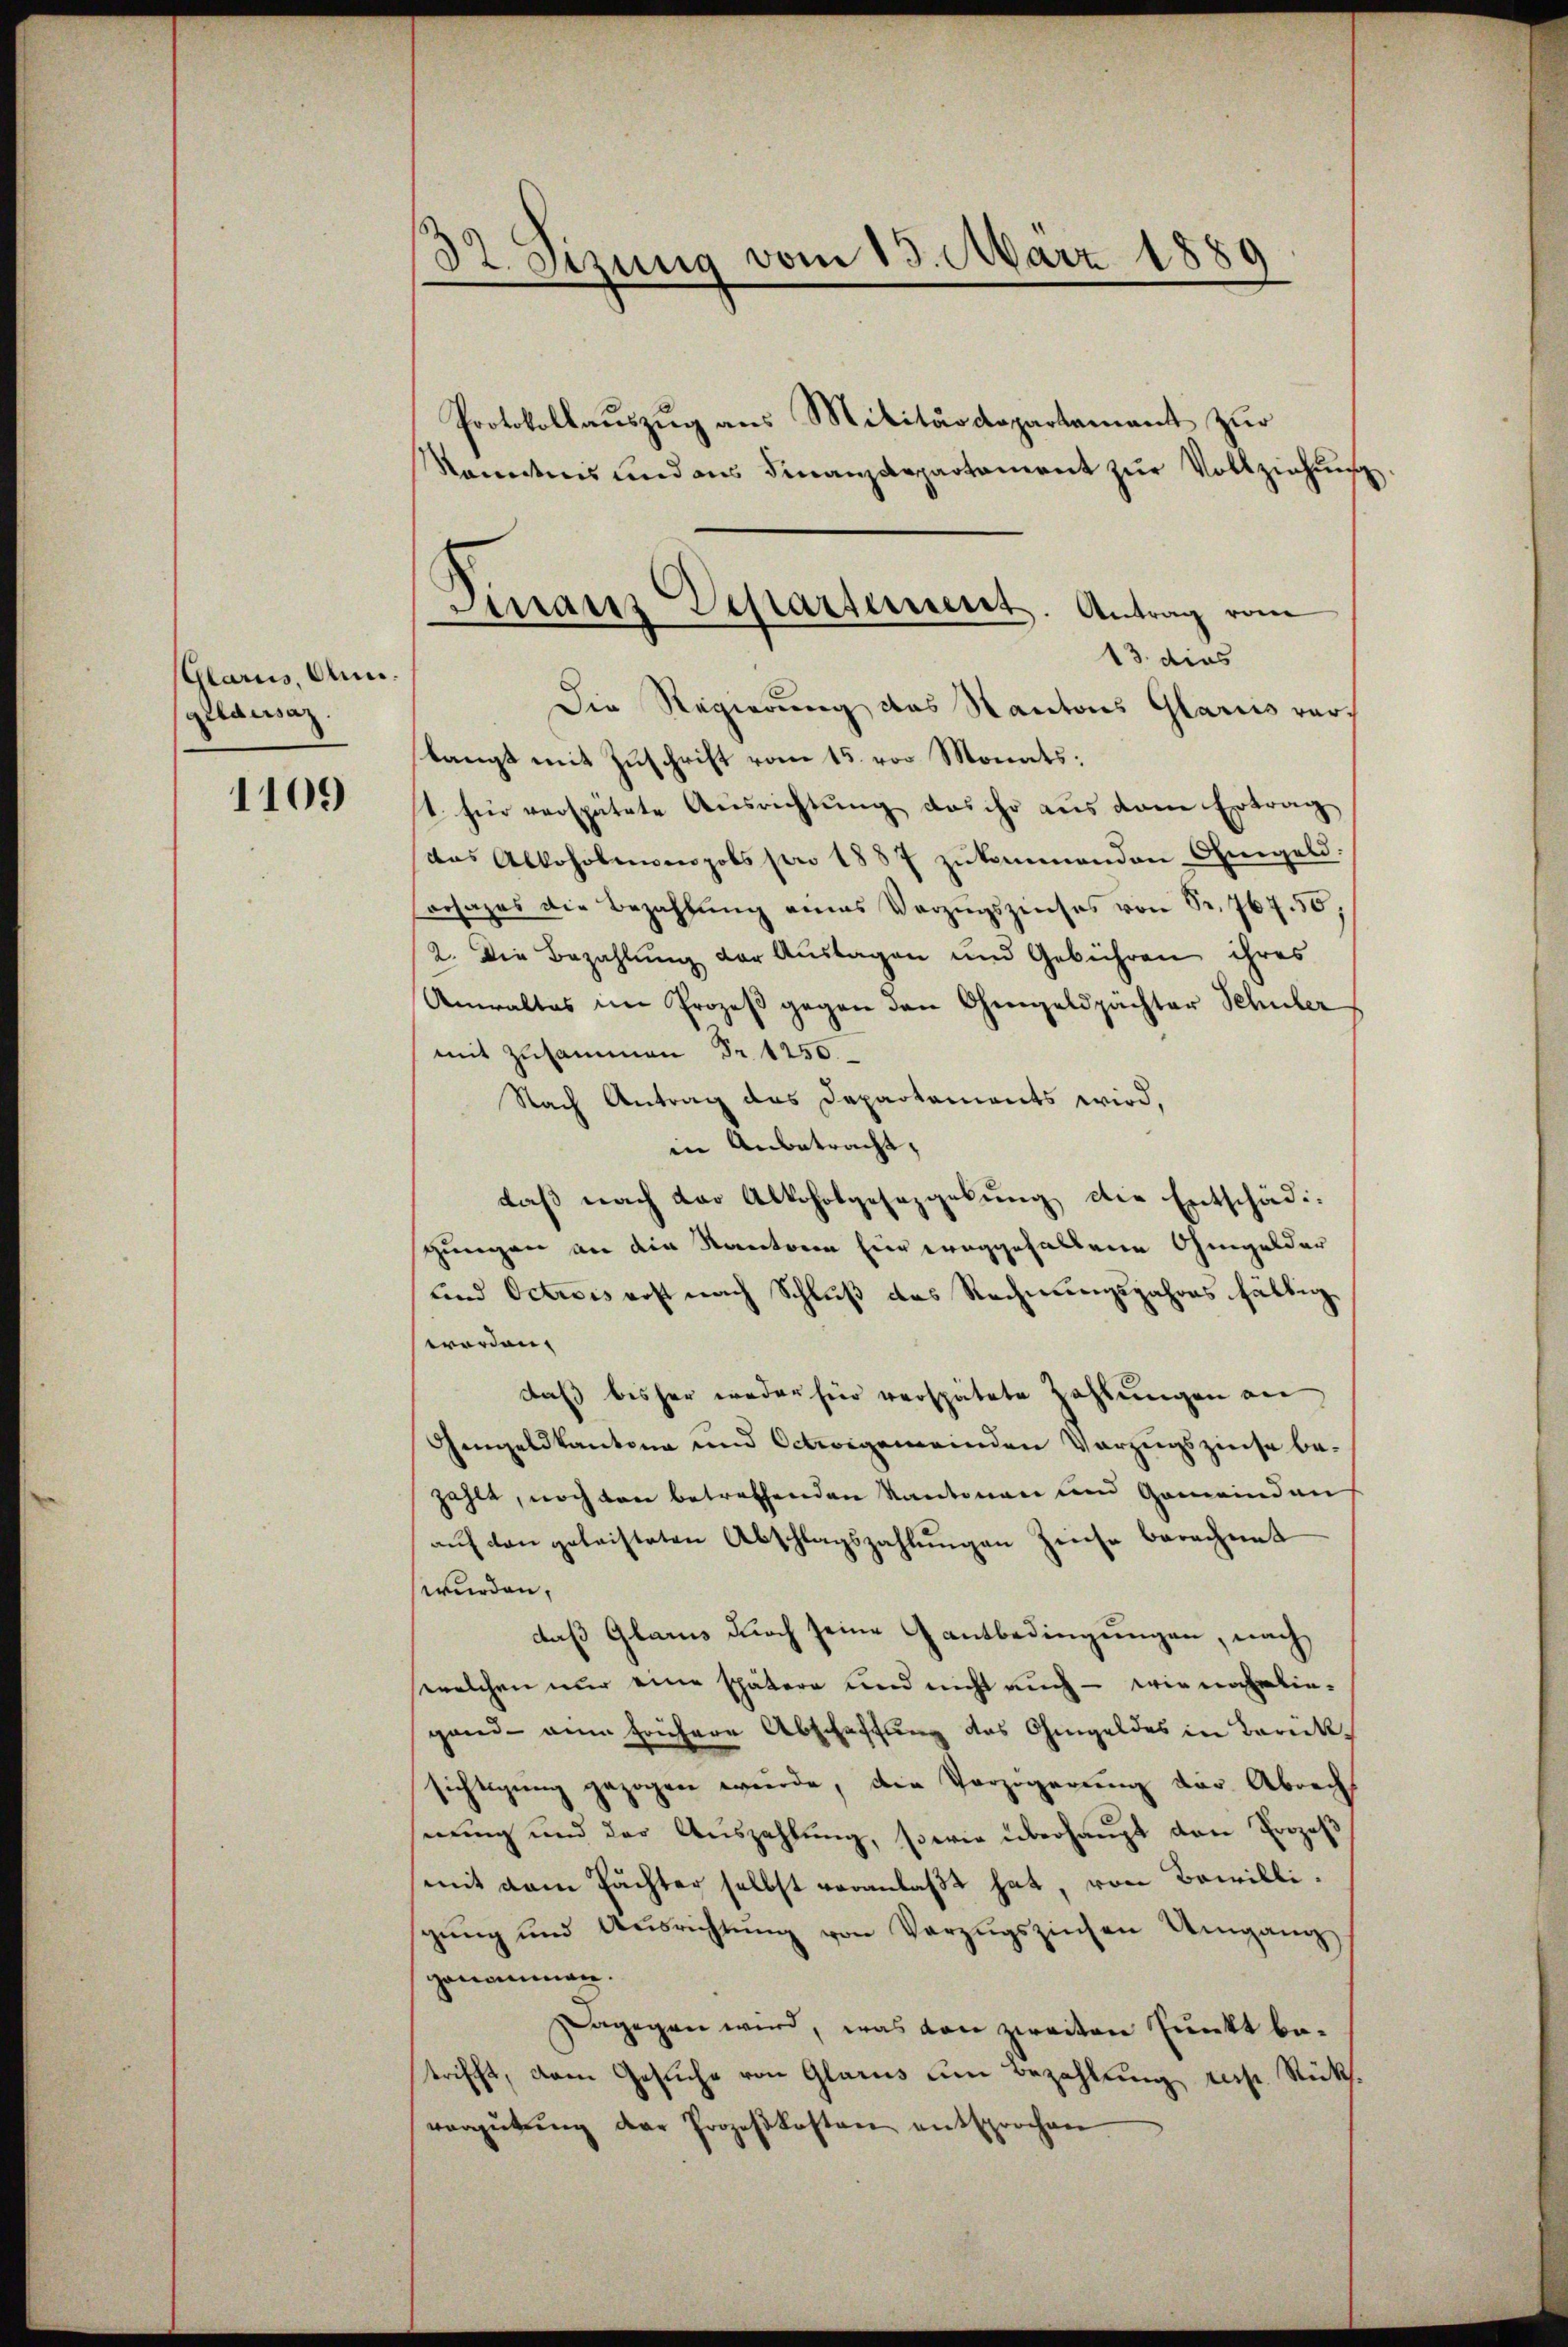
Glarus, Anm.
geldesaz.

1109

32. Sizung vom 13. März 1889
Protokollauszug aus Militärdepartement zur
Kandnis und aus Finanzdepartament zŭr Vollziehung

Die Regierung des Kantons Glarus verlangt mit Zuschrift vom 15. von Monats,
t. für verspätete Ausrichtung das ihr aus deren Ertrag
das Alkoholennpobs pro 1887 zŭkommenden Ohmgeld:
ersages die Bezahlŭng eines Vorzugszinses von Sr. 767. 56,
2. Die Bezahlung der Auslagen und Gebühren ihres
Anwaltes im Prozeβ gegen den Ohmgeldpächter Schüler
mit Zusammen Fr. 1250.
Nach Antrag das Departements wird,
in Anbetracht,
daß nach der Alkoholgesetzgebung die Entschädigungen an die Kantoren hier weggefallene Ohmgelder
und Octiis erst nach Schluß das Rechnungsjahres fällig
worden,
daß bisher weder hier verspätete Zahlungen an
Gengeldkantona und Octwigemeinden Vorzugszinse be-
zahlt, noch den betreffenden Kantonen und Gemeinden
aŭf den geleisteten Abschlagszahlŭngen Zinse berechnet
wurden,
daß Glarus durch seine Gantbedingungen, nach
welchen nur eine spätere und nicht auch – wie naheliegand ein frühere Abschaffung des Ohmgeldes in Berecksichtigŭng gezogen würde, die Verzögerŭng der Abrech
nung und der Auszahlung, sowie überhaupt den Prozeß
mit dem Pächter selbst veranlaßt hat von Bewilligŭng und Aŭsrichtŭng von Vorzŭgszinsen Umgang
genommen.
Dagegen wird, was von zweiten Punkt betrifft, dem Gesuche von Glarus um Bezahlung resp. Rücksvergütŭng der Prozeßkosten entsprochen

Finanz Departement. Antrag vom
13. dies